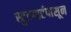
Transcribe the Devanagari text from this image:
स्टुटगार्टपासून